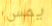
يمس